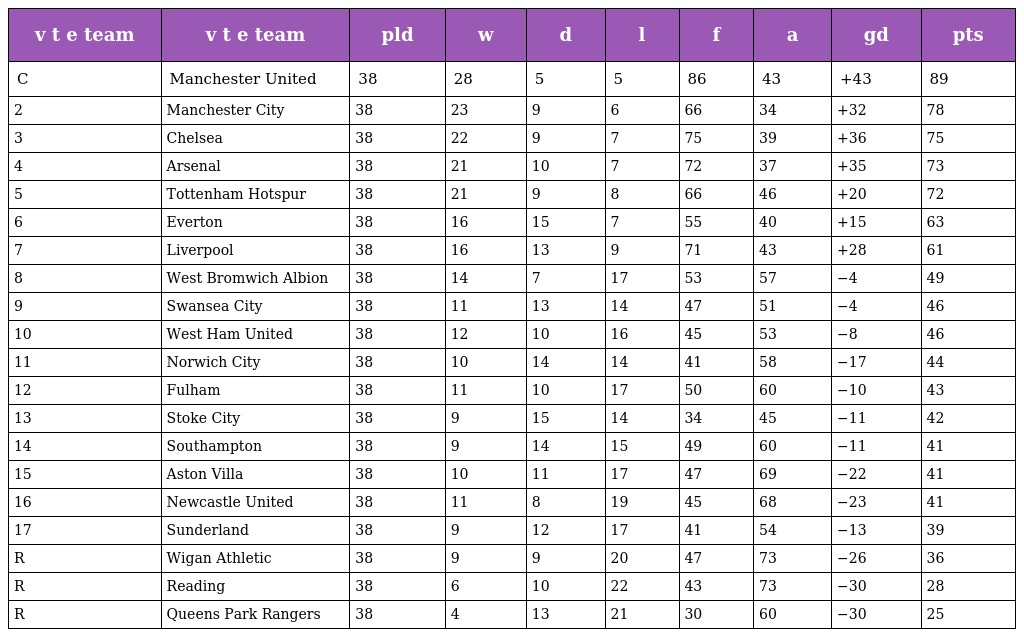
| v t e team | v t e team | pld | w | d | l | f | a | gd | pts |
 | --- | --- | --- | --- | --- | --- | --- | --- | --- | --- |
 | C | Manchester United | 38 | 28 | 5 | 5 | 86 | 43 | +43 | 89 |
 | 2 | Manchester City | 38 | 23 | 9 | 6 | 66 | 34 | +32 | 78 |
 | 3 | Chelsea | 38 | 22 | 9 | 7 | 75 | 39 | +36 | 75 |
 | 4 | Arsenal | 38 | 21 | 10 | 7 | 72 | 37 | +35 | 73 |
 | 5 | Tottenham Hotspur | 38 | 21 | 9 | 8 | 66 | 46 | +20 | 72 |
 | 6 | Everton | 38 | 16 | 15 | 7 | 55 | 40 | +15 | 63 |
 | 7 | Liverpool | 38 | 16 | 13 | 9 | 71 | 43 | +28 | 61 |
 | 8 | West Bromwich Albion | 38 | 14 | 7 | 17 | 53 | 57 | −4 | 49 |
 | 9 | Swansea City | 38 | 11 | 13 | 14 | 47 | 51 | −4 | 46 |
 | 10 | West Ham United | 38 | 12 | 10 | 16 | 45 | 53 | −8 | 46 |
 | 11 | Norwich City | 38 | 10 | 14 | 14 | 41 | 58 | −17 | 44 |
 | 12 | Fulham | 38 | 11 | 10 | 17 | 50 | 60 | −10 | 43 |
 | 13 | Stoke City | 38 | 9 | 15 | 14 | 34 | 45 | −11 | 42 |
 | 14 | Southampton | 38 | 9 | 14 | 15 | 49 | 60 | −11 | 41 |
 | 15 | Aston Villa | 38 | 10 | 11 | 17 | 47 | 69 | −22 | 41 |
 | 16 | Newcastle United | 38 | 11 | 8 | 19 | 45 | 68 | −23 | 41 |
 | 17 | Sunderland | 38 | 9 | 12 | 17 | 41 | 54 | −13 | 39 |
 | R | Wigan Athletic | 38 | 9 | 9 | 20 | 47 | 73 | −26 | 36 |
 | R | Reading | 38 | 6 | 10 | 22 | 43 | 73 | −30 | 28 |
 | R | Queens Park Rangers | 38 | 4 | 13 | 21 | 30 | 60 | −30 | 25 |